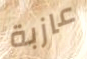
عازبة